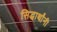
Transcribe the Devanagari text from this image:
सिद्धार्थांनी